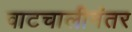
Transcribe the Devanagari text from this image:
वाटचालीनंतर